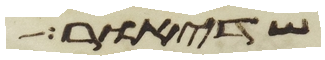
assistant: שדיאור